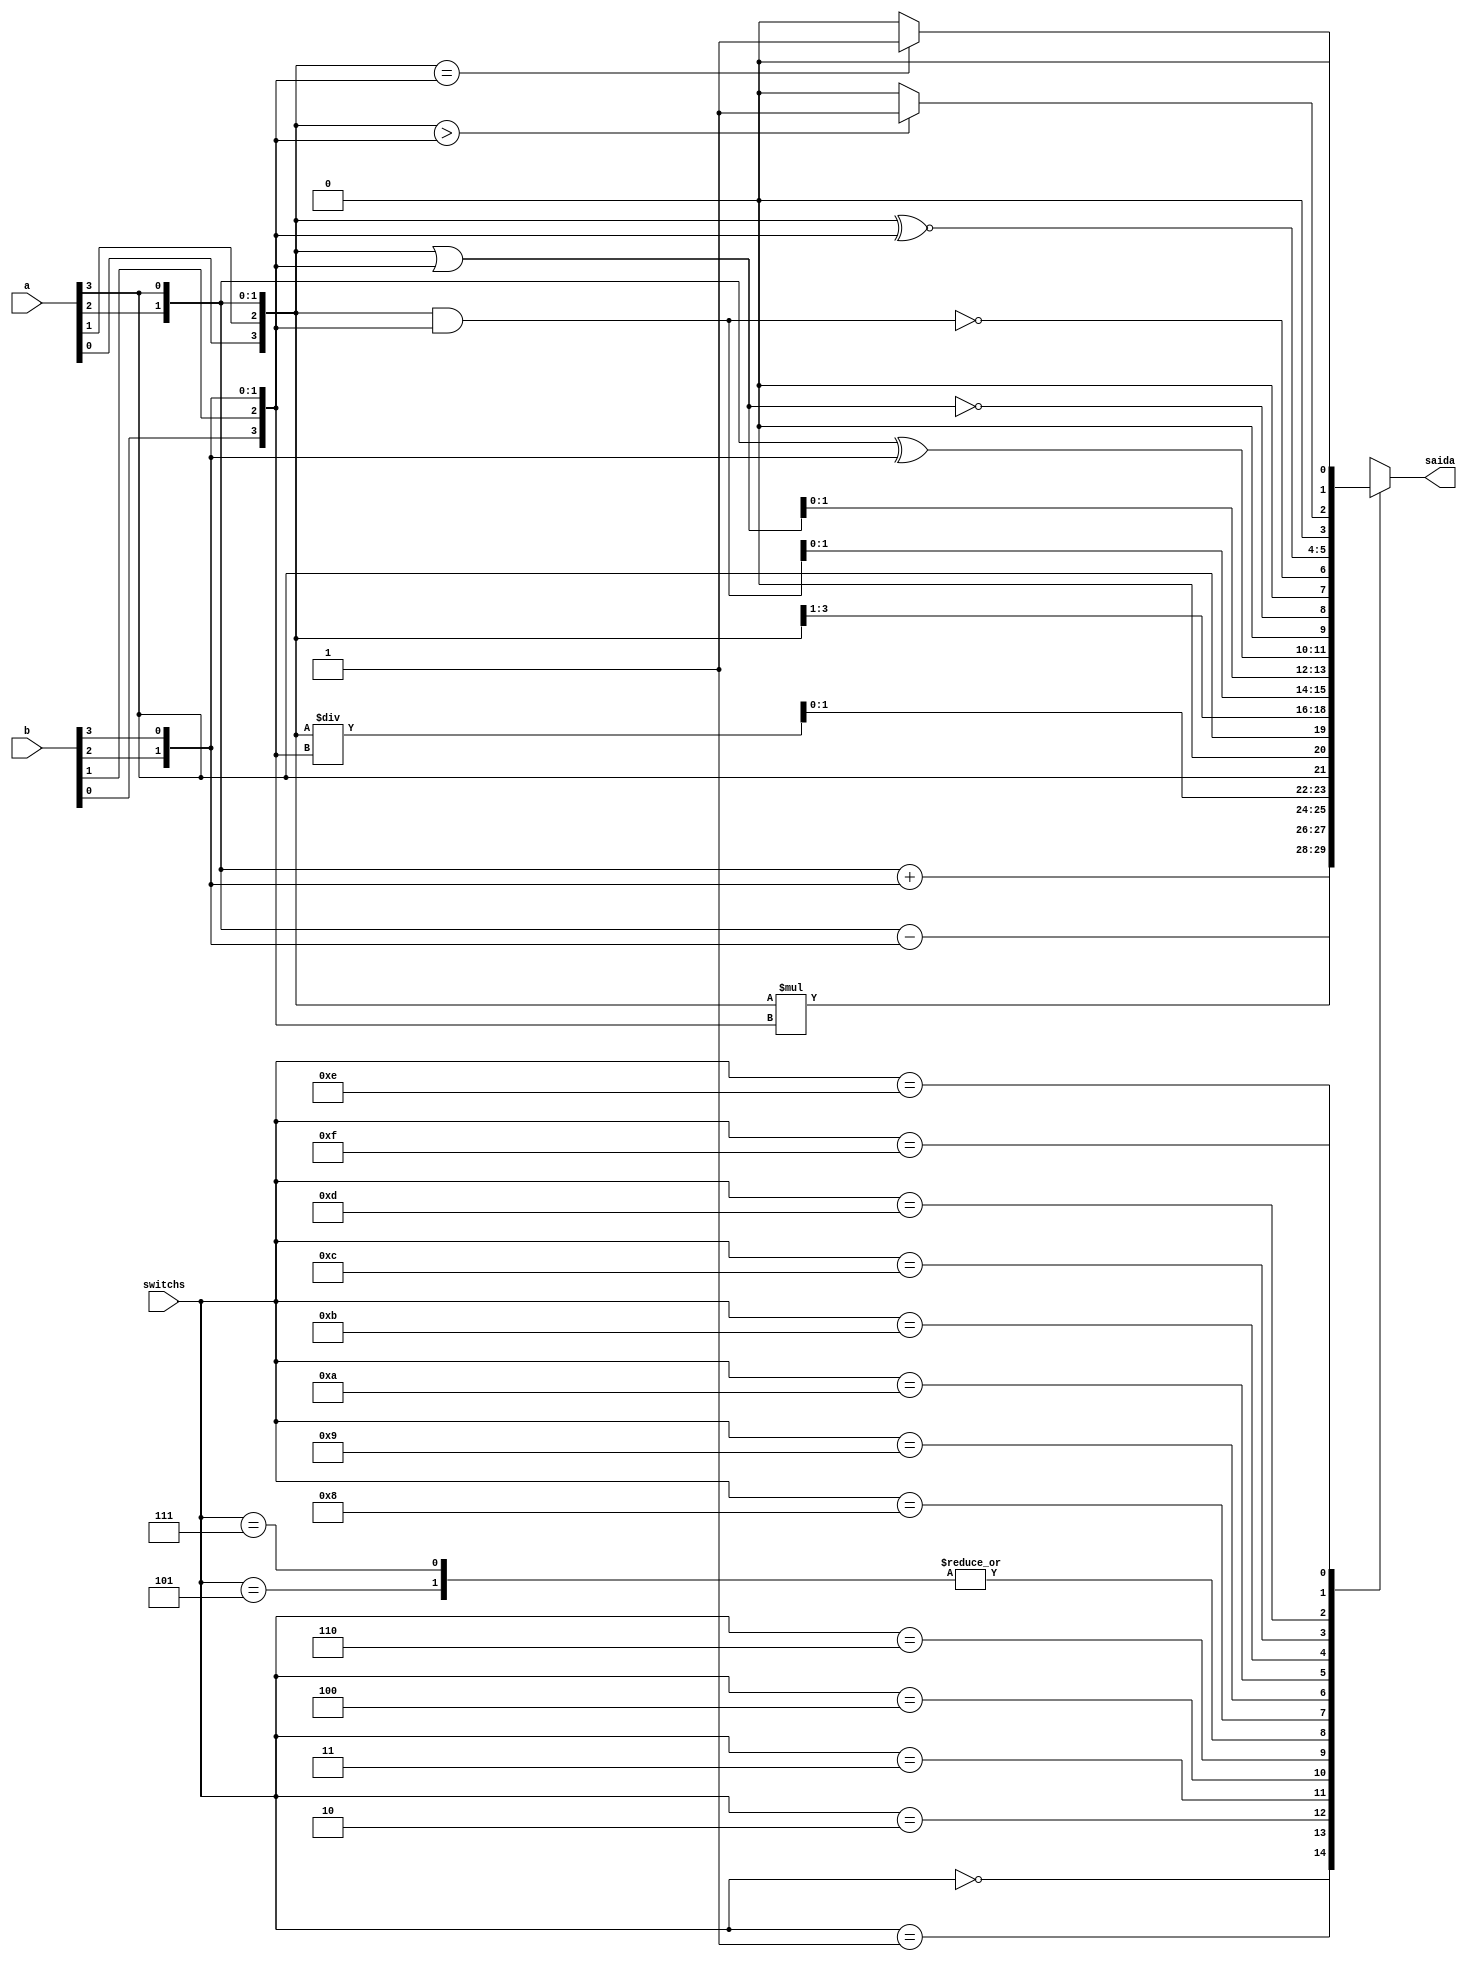
module ula(input [3:0]switchs, input [3:0] a, input [3:0] b, output reg[1:0]saida);
always@(*)begin

	case(switchs)
	
			4'b0000:
				saida <= {a[0],a[1],a[2],a[3]} + {b[0],b[1],b[2],b[3]};
			4'b0001:
				saida <= {a[0],a[1],a[2],a[3]} - {b[0],b[1],b[2],b[3]};
			4'b0010:
				saida <= {a[0],a[1],a[2],a[3]} * {b[0],b[1],b[2],b[3]};
			4'b0011:
				saida <= {a[0],a[1],a[2],a[3]} / {b[0],b[1],b[2],b[3]};
			4'b0100:
				saida <= {a[0],a[1],a[2],a[3]} << 1;
			4'b0101:
				saida <= {a[0],a[1],a[2],a[3]} >> 1;
			4'b0110:
				saida <= {a[1],a[2],a[3],a[0]};
			4'b0111:
				saida <= {a[3],a[0],a[1],a[2]};
			4'b1000:
				saida <= {a[0],a[1],a[2],a[3]} & {b[0],b[1],b[2],b[3]};
			4'b1001:
				saida <= {a[0],a[1],a[2],a[3]} | {b[0],b[1],b[2],b[3]};
			4'b1010:
				saida <= {a[0],a[1],a[2],a[3]} ^ {b[0],b[1],b[2],b[3]};
			4'b1011:	
				saida <= !({a[0],a[1],a[2],a[3]} | {b[0],b[1],b[2],b[3]}); 
			4'b1100:
				saida <= !({a[0],a[1],a[2],a[3]} & {b[0],b[1],b[2],b[3]});
			4'b1101:
				saida <= {a[0],a[1],a[2],a[3]} ^~ {b[0],b[1],b[2],b[3]};
			4'b1110:
				if({a[0],a[1],a[2],a[3]} > {b[0],b[1],b[2],b[3]})
					saida <=2'b01;
				else
					saida<=2'b00;
			4'b1111:
				if({a[0],a[1],a[2],a[3]} == {b[0],b[1],b[2],b[3]})
					saida<=2'b01;
				else 
					saida<=2'b00;
	endcase
end

endmodule